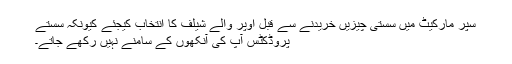
سپر مارکیٹ میں سستی چیزیں خریدنے سے قبل اوپر والے شیلف کا انتخاب کیجئے کیونکہ سستے
پروڈکٹس آپ کی آنکھوں کے سامنے نہیں رکھے جاتے۔